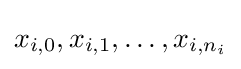
x_{i,0},x_{i,1},\ldots ,x_{i,n_{i}}